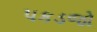
પકડજો